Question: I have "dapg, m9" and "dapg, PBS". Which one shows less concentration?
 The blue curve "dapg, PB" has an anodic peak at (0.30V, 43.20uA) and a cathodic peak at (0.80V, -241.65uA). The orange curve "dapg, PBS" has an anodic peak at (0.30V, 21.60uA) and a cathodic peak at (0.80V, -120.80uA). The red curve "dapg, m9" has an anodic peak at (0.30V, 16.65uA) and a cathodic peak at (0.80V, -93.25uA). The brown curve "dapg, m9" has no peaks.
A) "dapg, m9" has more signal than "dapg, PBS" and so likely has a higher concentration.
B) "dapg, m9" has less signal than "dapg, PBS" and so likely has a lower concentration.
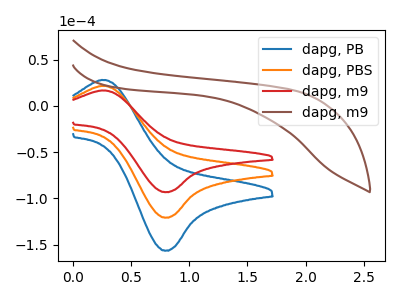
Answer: <think>All the peaks in "dapg, m9" have a peak in "dapg, PBS" at the same potential. Every peak in "dapg, m9" is lower than every peak in "dapg, PBS".
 </think>
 <answer>B) "dapg, m9" has less signal than "dapg, PBS" and so likely has a lower concentration.</answer>
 <eval>B</eval>